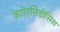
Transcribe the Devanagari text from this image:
केटोएसिडोसिस